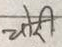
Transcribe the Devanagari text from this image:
चोरी